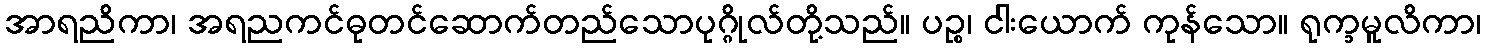
အာရညိကာ၊ အရညကင်ဓုတင်ဆောက်တည်သောပုဂ္ဂိုလ်တို့သည်။ ပဉ္စ၊ ငါးယောက် ကုန်သော။ ရုက္ခမူလိကာ၊